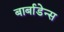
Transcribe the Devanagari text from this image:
बार्बाडेन्स